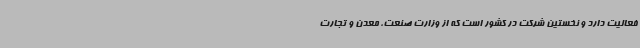
فعالیت دارد و نخستین شرکت در کشور است که از وزارت صنعت، معدن و تجارت